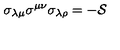
\sigma _ { \lambda \mu } \sigma ^ { \mu \nu } \sigma _ { \lambda \rho } = - { \cal S }